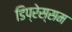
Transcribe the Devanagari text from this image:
डिप्रेस्सम